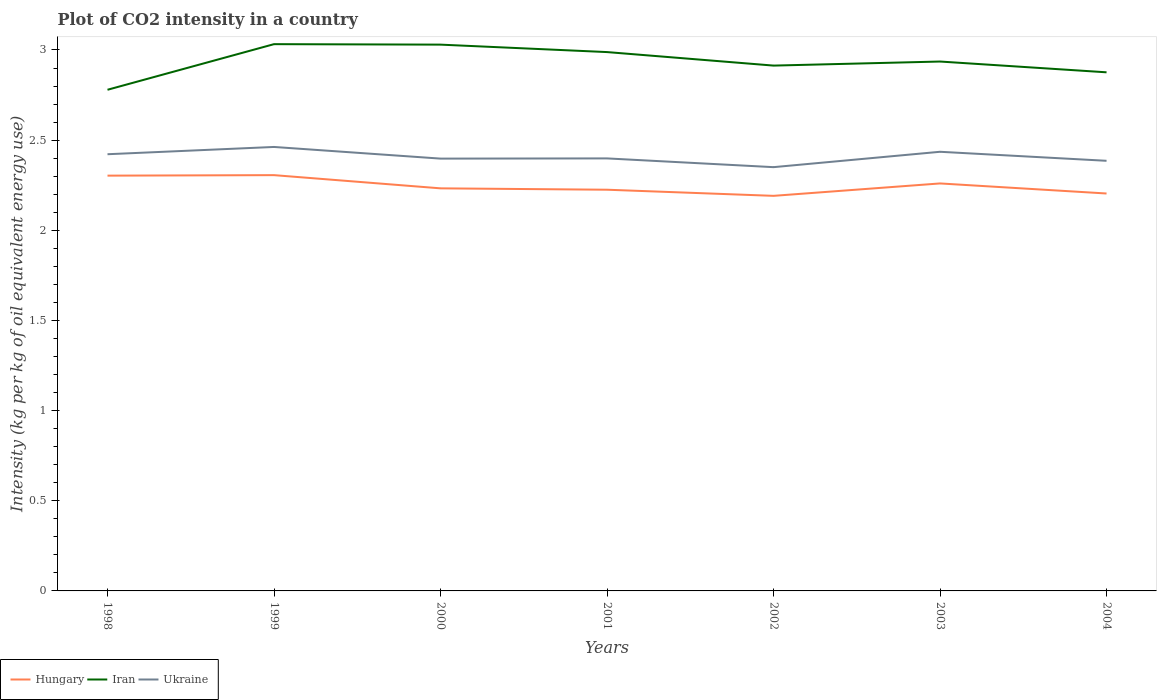
| Years | Hungary | Iran | Ukraine |
 | --- | --- | --- | --- |
 | 1998 | 2.3 | 2.78 | 2.42 |
 | 1999 | 2.31 | 3.03 | 2.46 |
 | 2000 | 2.23 | 3.03 | 2.4 |
 | 2001 | 2.23 | 2.99 | 2.4 |
 | 2002 | 2.19 | 2.91 | 2.35 |
 | 2003 | 2.26 | 2.94 | 2.44 |
 | 2004 | 2.2 | 2.88 | 2.39 |